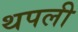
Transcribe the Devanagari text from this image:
थपली